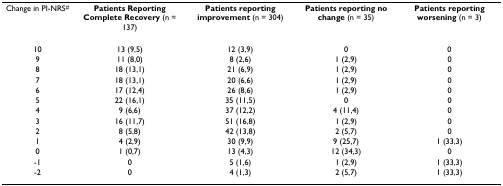
<table><thead><tr><td><b>Change in PI-NRS<sup>#</sup></b></td><td><b>Patients Reporting Complete Recovery (n = 137)</b></td><td><b>Patients reporting improvement (n = 304)</b></td><td><b>Patients reporting no change (n = 35)</b></td><td><b>Patients reporting worsening (n = 3)</b></td></tr></thead><tbody><tr><td>10</td><td>13 (9,5)</td><td>12 (3,9)</td><td>0</td><td>0</td></tr><tr><td>9</td><td>11 (8,0)</td><td>8 (2,6)</td><td>1 (2,9)</td><td>0</td></tr><tr><td>8</td><td>18 (13,1)</td><td>21 (6,9)</td><td>1 (2,9)</td><td>0</td></tr><tr><td>7</td><td>18 (13,1)</td><td>20 (6,6)</td><td>1 (2,9)</td><td>0</td></tr><tr><td>6</td><td>17 (12,4)</td><td>26 (8,6)</td><td>1 (2,9)</td><td>0</td></tr><tr><td>5</td><td>22 (16,1)</td><td>35 (11,5)</td><td>0</td><td>0</td></tr><tr><td>4</td><td>9 (6,6)</td><td>37 (12,2)</td><td>4 (11,4)</td><td>0</td></tr><tr><td>3</td><td>16 (11,7)</td><td>51 (16,8)</td><td>1 (2,9)</td><td>0</td></tr><tr><td>2</td><td>8 (5,8)</td><td>42 (13,8)</td><td>2 (5,7)</td><td>0</td></tr><tr><td>1</td><td>4 (2,9)</td><td>30 (9,9)</td><td>9 (25,7)</td><td>1 (33,3)</td></tr><tr><td>0</td><td>1 (0,7)</td><td>13 (4,3)</td><td>12 (34,3)</td><td>0</td></tr><tr><td>-1</td><td>0</td><td>5 (1,6)</td><td>1 (2,9)</td><td>1 (33,3)</td></tr><tr><td>-2</td><td>0</td><td>4 (1,3)</td><td>2 (5,7)</td><td>1 (33,3)</td></tr></tbody></table>